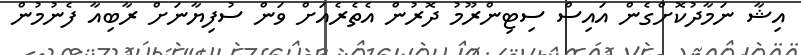
އިޝާ ނަމާދުކޮށްގެން އައިސް ސިޓިންރޫމު ދޮރުން އެތެރެއަށް ވަން ސުފިޔާނަށް ރާބިއާ ފެނުމުން